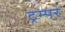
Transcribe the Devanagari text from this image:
ट्रम्पर